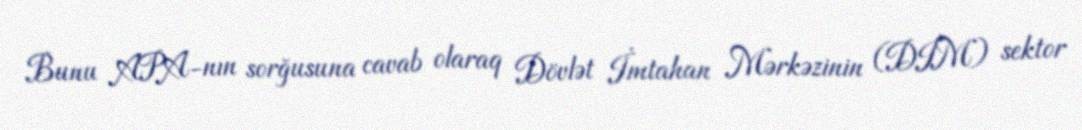
Bunu APA-nın sorğusuna cavab olaraq Dövlət İmtahan Mərkəzinin (DİM) sektor